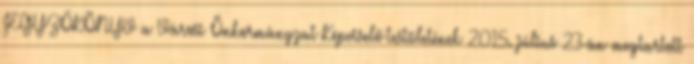
JEGYZŐKÖNYV a Városi Önkormányzat Képviselő-testületének 2015. július 23-án megtartott